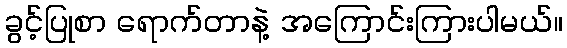
ခွင့်ပြုစာ ရောက်တာနဲ့ အကြောင်းကြားပါမယ်။